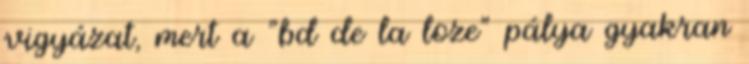
vigyázat, mert a "bd de la loze" pálya gyakran